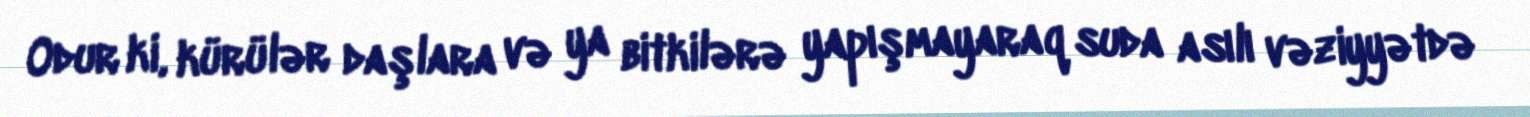
Odur ki, kürülər daşlara və ya bitkilərə yapışmayaraq suda asılı vəziyyətdə